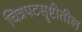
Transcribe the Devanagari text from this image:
चित्रपटसॄष्टीतील